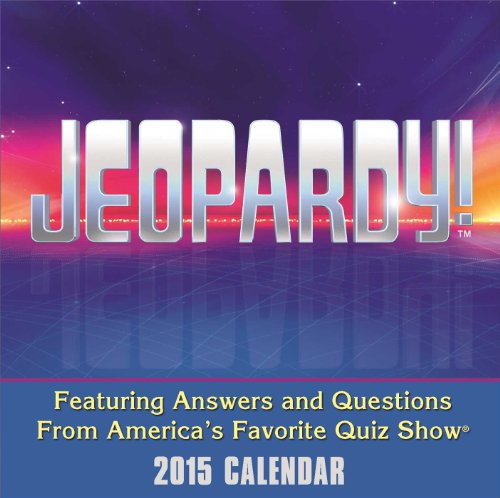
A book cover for Jeopardy! 2015 Day-to-Day Calendar; Sony; Calendars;